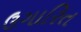
ઉગારિત